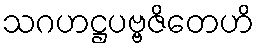
သဂဟဋ္ဌပဗ္ဗဇိတေဟိ